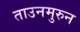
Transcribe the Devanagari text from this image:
ताउनमुरुन